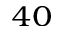
^ { 4 0 }